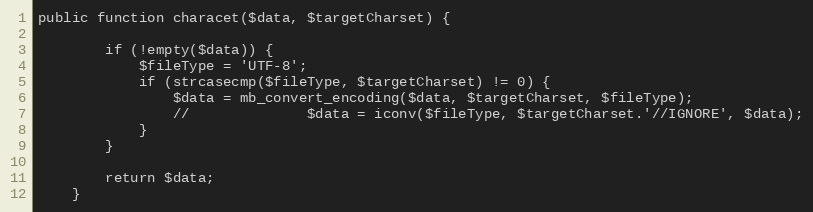
Language: PHP
public function characet($data, $targetCharset) {

		if (!empty($data)) {
			$fileType = 'UTF-8';
			if (strcasecmp($fileType, $targetCharset) != 0) {
				$data = mb_convert_encoding($data, $targetCharset, $fileType);
				//				$data = iconv($fileType, $targetCharset.'//IGNORE', $data);
			}
		}

		return $data;
	}